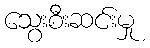
သွေးစီးဆင်းမှု